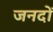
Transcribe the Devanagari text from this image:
जनदों